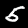
Label: 5